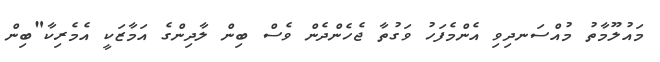
މައުލޫމާތު މުއްސަނދިވި އެންމެފަހު ވަގުތާ ޖެހެންދެން ވެސް ބިން ލާދިންގެ އަމާޒަކީ އެމެރިކާ"ބިން